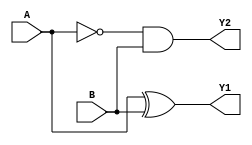
module half_subtractor(Y1,Y2,A,B);
output Y1;
output Y2;
input A,B;
wire W;

assign W = ~A;
assign Y1 = A ^ B;
assign Y2 = W & B;

endmodule